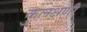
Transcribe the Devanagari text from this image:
कुलक्षणी